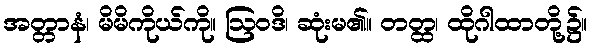
အတ္တာနံ၊ မိမိကိုယ်ကို။ ဩဝဒိ၊ ဆုံးမ၏။ တတ္ထ၊ ထိုဂါထာတို့၌။